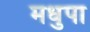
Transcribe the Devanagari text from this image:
मधुपा